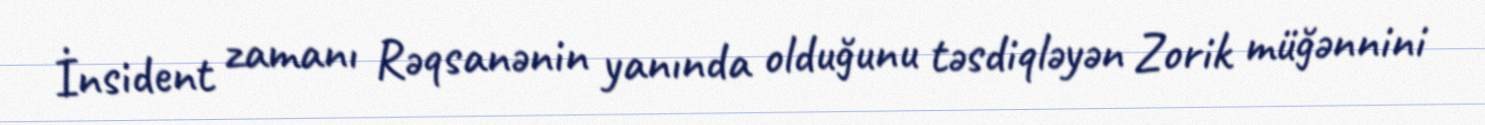
İnsident zamanı Rəqsanənin yanında olduğunu təsdiqləyən Zorik müğənnini